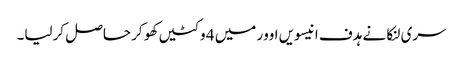
سری لنکا نے ہدف انیسویں اوور میں 4 وکٹیں کھو کر حاصل کرلیا۔